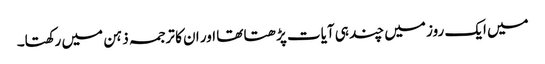
میں ایک روز میں چند ہی آیات پڑھتا تھا اور ان کا ترجمہ ذہن میں رکھتا۔